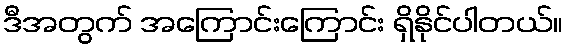
ဒီအတွက် အကြောင်းကြောင်း ရှိနိုင်ပါတယ်။